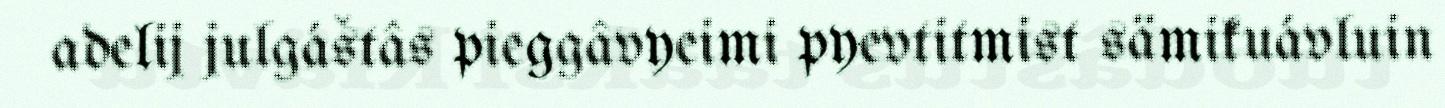
adelij julgáštâs pieggâvyeimi pyevtitmist sämikuávluin